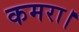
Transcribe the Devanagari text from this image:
कमरा।